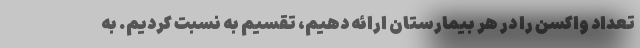
تعداد واکسن را در هر بیمارستان ارائه دهیم، تقسیم به نسبت کردیم. به